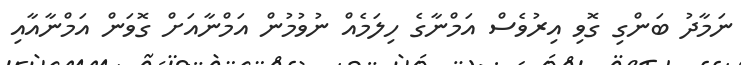
ނަމާދު ބަންގި ގޮވި އިރުވެސް އަމްނާގެ ހިލަމެއް ނުވުމުން އަމްނާއަށް ގޮވަން އަމްނާއާއި